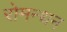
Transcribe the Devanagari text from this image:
रोमन्थन